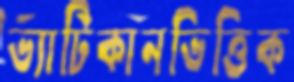
ভ্যাটিকানভিত্তিক